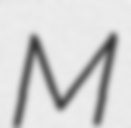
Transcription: M